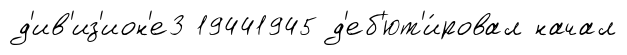
д'ив'из'ион'е3 19441945 д'еб'ют'и́ровал начал